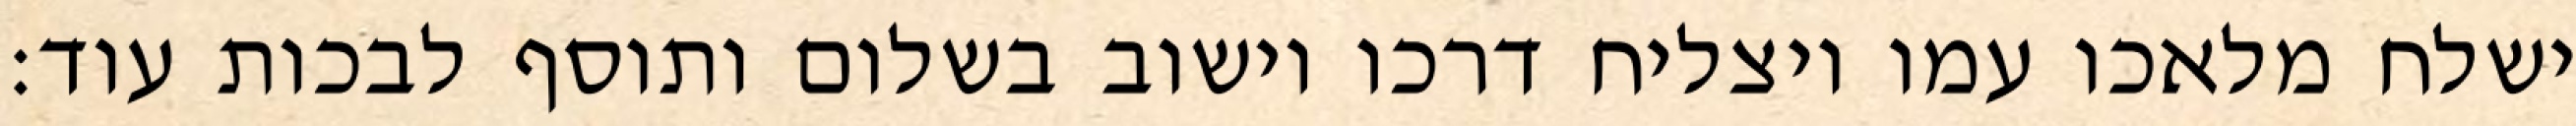
ישלח מלאכו עמו ויצליח דרכו וישוב בשלום ותוסף לבכות עוד: